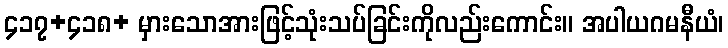
၄၁၇+၄၁၈+ မှားသောအားဖြင့်သုံးသပ်ခြင်းကိုလည်းကောင်း။ အပါယဂမနီယံ၊